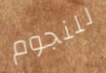
للنجوم